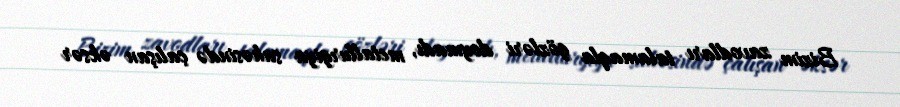
Bizim zavodları talamaqla gözləri doymadı, metallurgiya sahəsində çalışan əksər